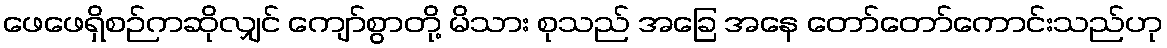
ဖေဖေရှိစဉ်ကဆိုလျှင် ကျော်စွာတို့ မိသား စုသည် အခြေ အနေ တော်တော်ကောင်းသည်ဟု